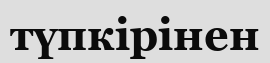
түпкірінен